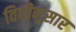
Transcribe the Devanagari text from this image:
विधीनुसार